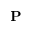
\mathbf { P }